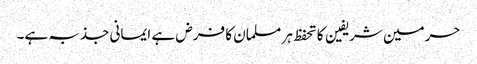
حرمین شریفین کا تحفظ ہر مسلمان کا فرض ہے ایمانی جذبہ ہے۔